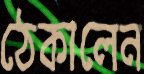
ঠেকালেন